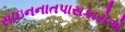
સાઇનનાતપાસકારોએ